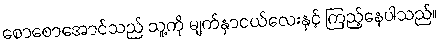
စောစောအောင်သည် သူ့ကို မျက်နှာငယ်လေးနှင့် ကြည့်နေပါသည်။